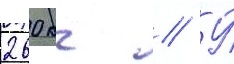
260 кг // У́